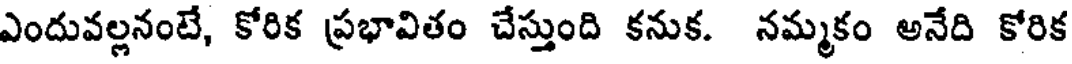
ఎందువల్లనంటే, కోరిక ప్రభావితం చేస్తుంది కనుక. నమ్మకం అనేది కోరిక